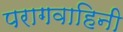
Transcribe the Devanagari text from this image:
परागवाहिनी